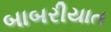
બાબરીયાત